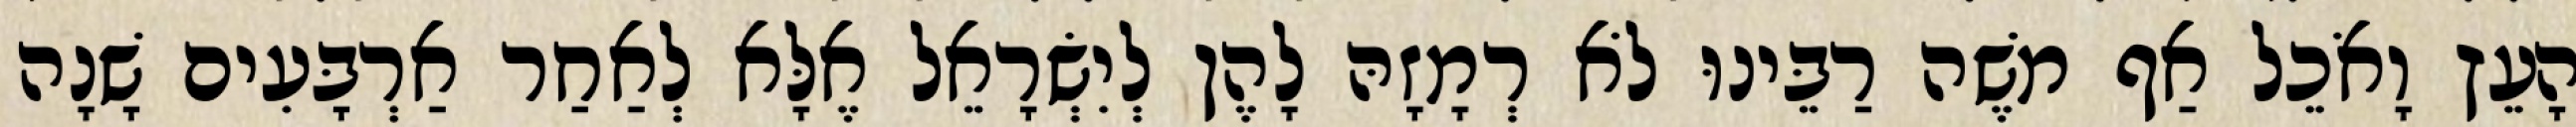
הָעֵץ וָאֹכֵל אַף מֹשֶׁה רַבֵּינוּ לֹא רְמָזָהּ לָהֶן לְיִשְׂרָאֵל אֶלָּא לְאַחַר אַרְבָּעִים שָׁנָה